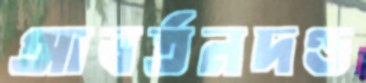
আবর্তনদণ্ড